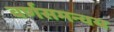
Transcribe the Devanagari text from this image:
वर्णसमन्वय